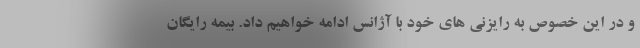
و در این خصوص به رایزنی های خود با آژانس ادامه خواهیم داد. بیمه رایگان